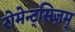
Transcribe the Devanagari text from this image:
रोमेन्ट्सिज़म्